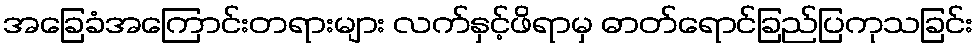
အခြေခံအကြောင်းတရားများ လက်နှင့်ဖိရာမှ ဓာတ်ရောင်ခြည်ပြကုသခြင်း